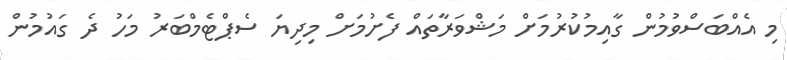
މި އެއްބަސްވުމުން ގާއިމުކުރުމަށް މަޝްވަރާތައް ފެށުމަށް މިދިޔަ ސެޕްޓެމްބަރު މަހު ދެ ގައުމުން